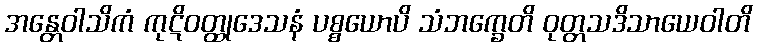
အန္တေဝါသိကံ ကုဋိဝတ္ထုဒေသနံ ပစ္စယောပိ သံဘက္ခေတိ ဝုတ္တသဒိသာယေဝါတိ